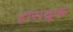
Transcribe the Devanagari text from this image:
हॉसब्रूक